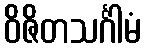
ဝိဇိတသင်္ဂါမံ